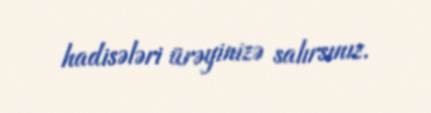
hadisələri ürəyinizə salırsınız.